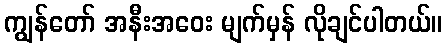
ကျွန်တော် အနီးအဝေး မျက်မှန် လိုချင်ပါတယ်။